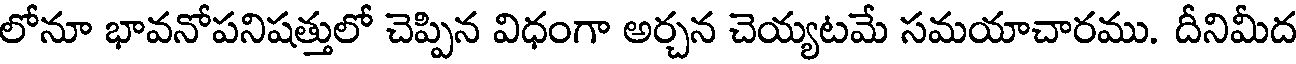
లోనూ భావనోపనిషత్తులో చెప్పిన విధంగా అర్చన చెయ్యటమే సమయాచారము. దీనిమీద